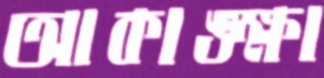
আকাঙ্ক্ষা